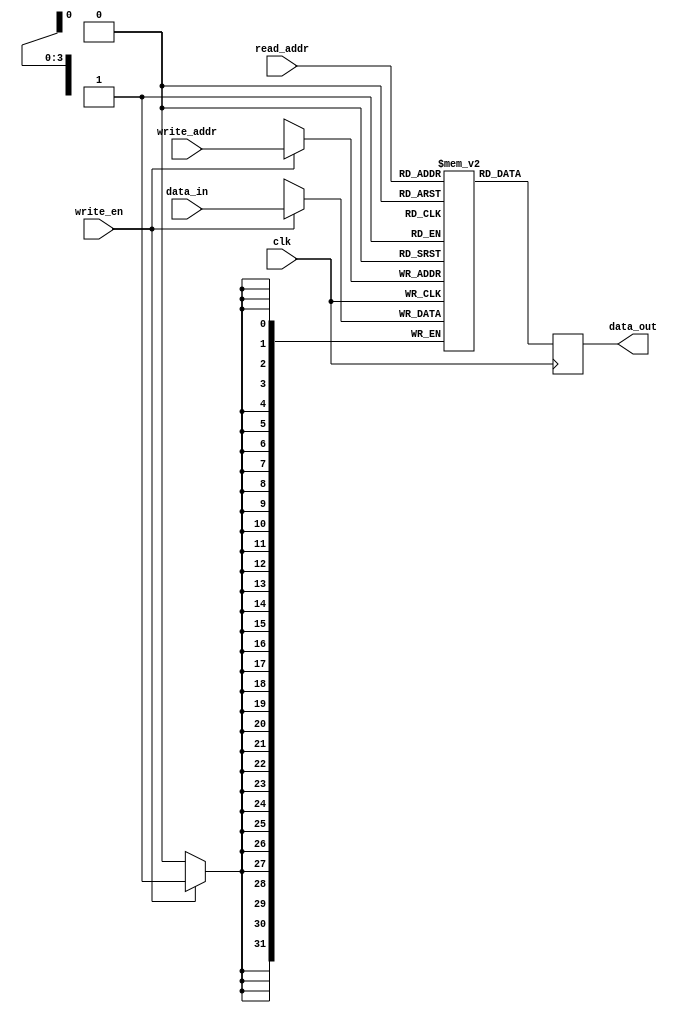
module register_file (
    input wire clk,
    input wire [3:0] write_addr,
    input wire [3:0] read_addr,
    input wire write_en,
    input wire [31:0] data_in,
    output reg [31:0] data_out
);

reg [31:0] registers [15:0]; // 16 registers each 32 bits wide

always @(posedge clk) begin
    if (write_en) begin
        registers[write_addr] <= data_in;
    end
    data_out <= registers[read_addr];
end

endmodule